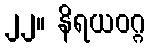
၂၂။ နိရယဝဂ္ဂ